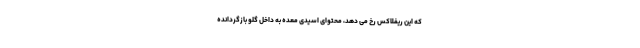
که این ریفلاکس رخ می دهد، محتوای اسیدی معده به داخل گلو بازگردانده